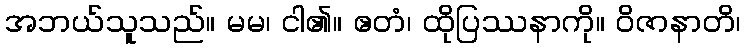
အဘယ်သူသည်။ မမ၊ ငါ၏။ ဧတံ၊ ထိုပြဿနာကို။ ဝိဇာနာတိ၊